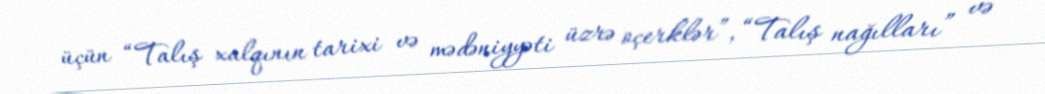
üçün “Talış xalqının tarixi və mədəniyyəti üzrə oçerklər”, “Talış nağılları” və